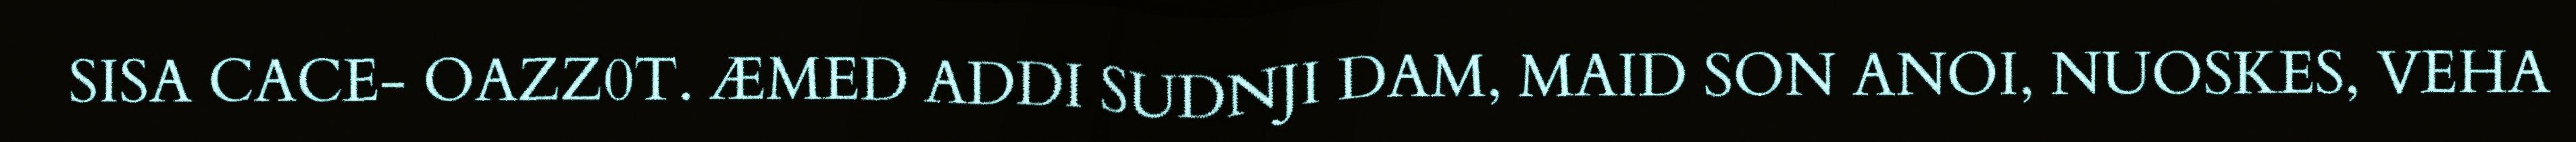
SISA CACE- OAZZ0T. ÆMED ADDI SUDNJI DAM, MAID SON ANOI, NUOSKES, VEHA